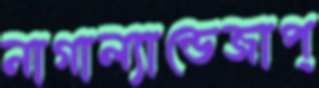
নাগাল্যান্ডেজাপ্‌